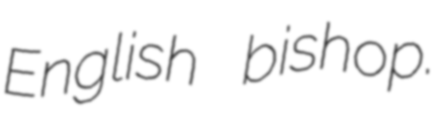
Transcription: English bishop.